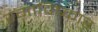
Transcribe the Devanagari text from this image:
रंगाविष्कार